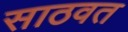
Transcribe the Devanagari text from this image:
साठवत